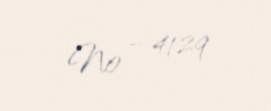
№ - 4129